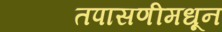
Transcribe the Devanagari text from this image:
तपासणीमधून